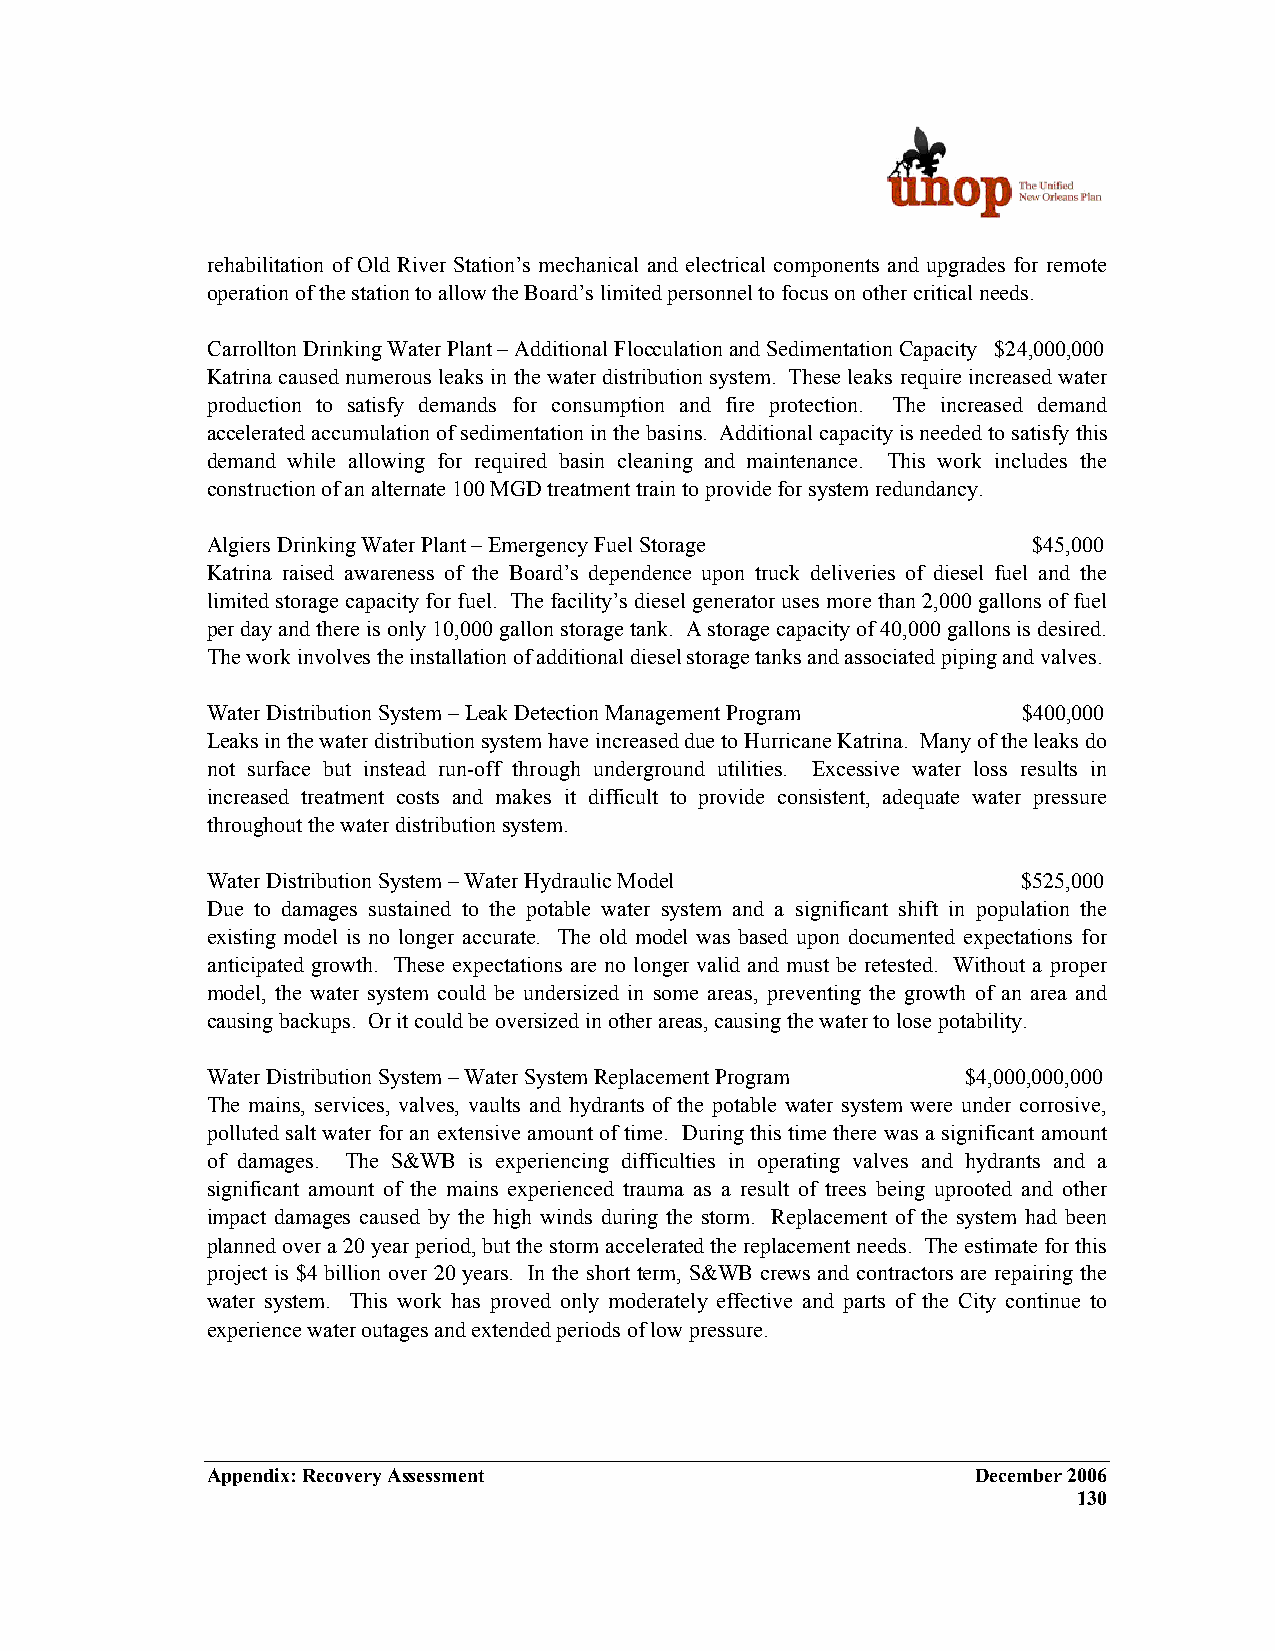
rehabilitation of Old River Station’s mechanical and electrical components and upgrades for remote
 operation of the station to allow the Board’s limited personnel to focus on other critical needs.
 Carrollton Drinking Water Plant – Additional Flocculation and Sedimentation Capacity $24,000,000
 Katrina caused numerous leaks in the water distribution system. These leaks require increased water
 production to satisfy demands for consumption and fire protection. The increased demand
 accelerated accumulation of sedimentation in the basins. Additional capacity is needed to satisfy this
 demand while allowing for required basin cleaning and maintenance. This work includes the
 construction of an alternate 100 MGD treatment train to provide for system redundancy.
 Algiers Drinking Water Plant – Emergency Fuel Storage $45,000
 Katrina raised awareness of the Board’s dependence upon truck deliveries of diesel fuel and the
 limited storage capacity for fuel. The facility’s diesel generator uses more than 2,000 gallons of fuel
 per day and there is only 10,000 gallon storage tank. A storage capacity of 40,000 gallons is desired.
 The work involves the installation of additional diesel storage tanks and associated piping and valves.
 Water Distribution System – Leak Detection Management Program $400,000
 Leaks in the water distribution system have increased due to Hurricane Katrina. Many of the leaks do
 not surface but instead run-off through underground utilities. Excessive water loss results in
 increased treatment costs and makes it difficult to provide consistent, adequate water pressure
 throughout the water distribution system.
 Water Distribution System – Water Hydraulic Model     $525,000
 Due to damages sustained to the potable water system and a significant shift in population the
 existing model is no longer accurate. The old model was based upon documented expectations for
 anticipated growth. These expectations are no longer valid and must be retested. Without a proper
 model, the water system could be undersized in some areas, preventing the growth of an area and
 causing backups. Or it could be oversized in other areas, causing the water to lose potability.
 Water Distribution System – Water System Replacement Program $4,000,000,000
 The mains, services, valves, vaults and hydrants of the potable water system were under corrosive,
 polluted salt water for an extensive amount of time. During this time there was a significant amount
 of damages. The S&WB is experiencing difficulties in operating valves and hydrants and a
 significant amount of the mains experienced trauma as a result of trees being uprooted and other
 impact damages caused by the high winds during the storm. Replacement of the system had been
 planned over a 20 year period, but the storm accelerated the replacement needs. The estimate for this
 project is $4 billion over 20 years. In the short term, S&WB crews and contractors are repairing the
 water system. This work has proved only moderately effective and parts of the City continue to
 experience water outages and extended periods of low pressure.
 Appendix: Recovery Assessment                      December 2006
 130